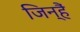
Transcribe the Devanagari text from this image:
जिन्हैं